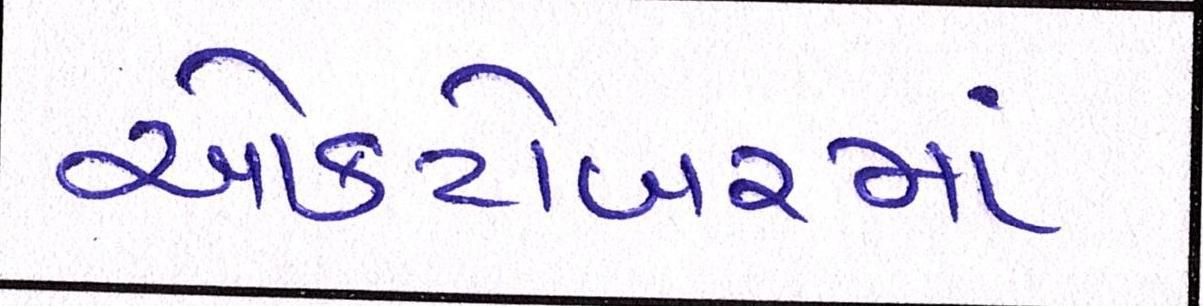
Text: ઓક્ટોબરમાં